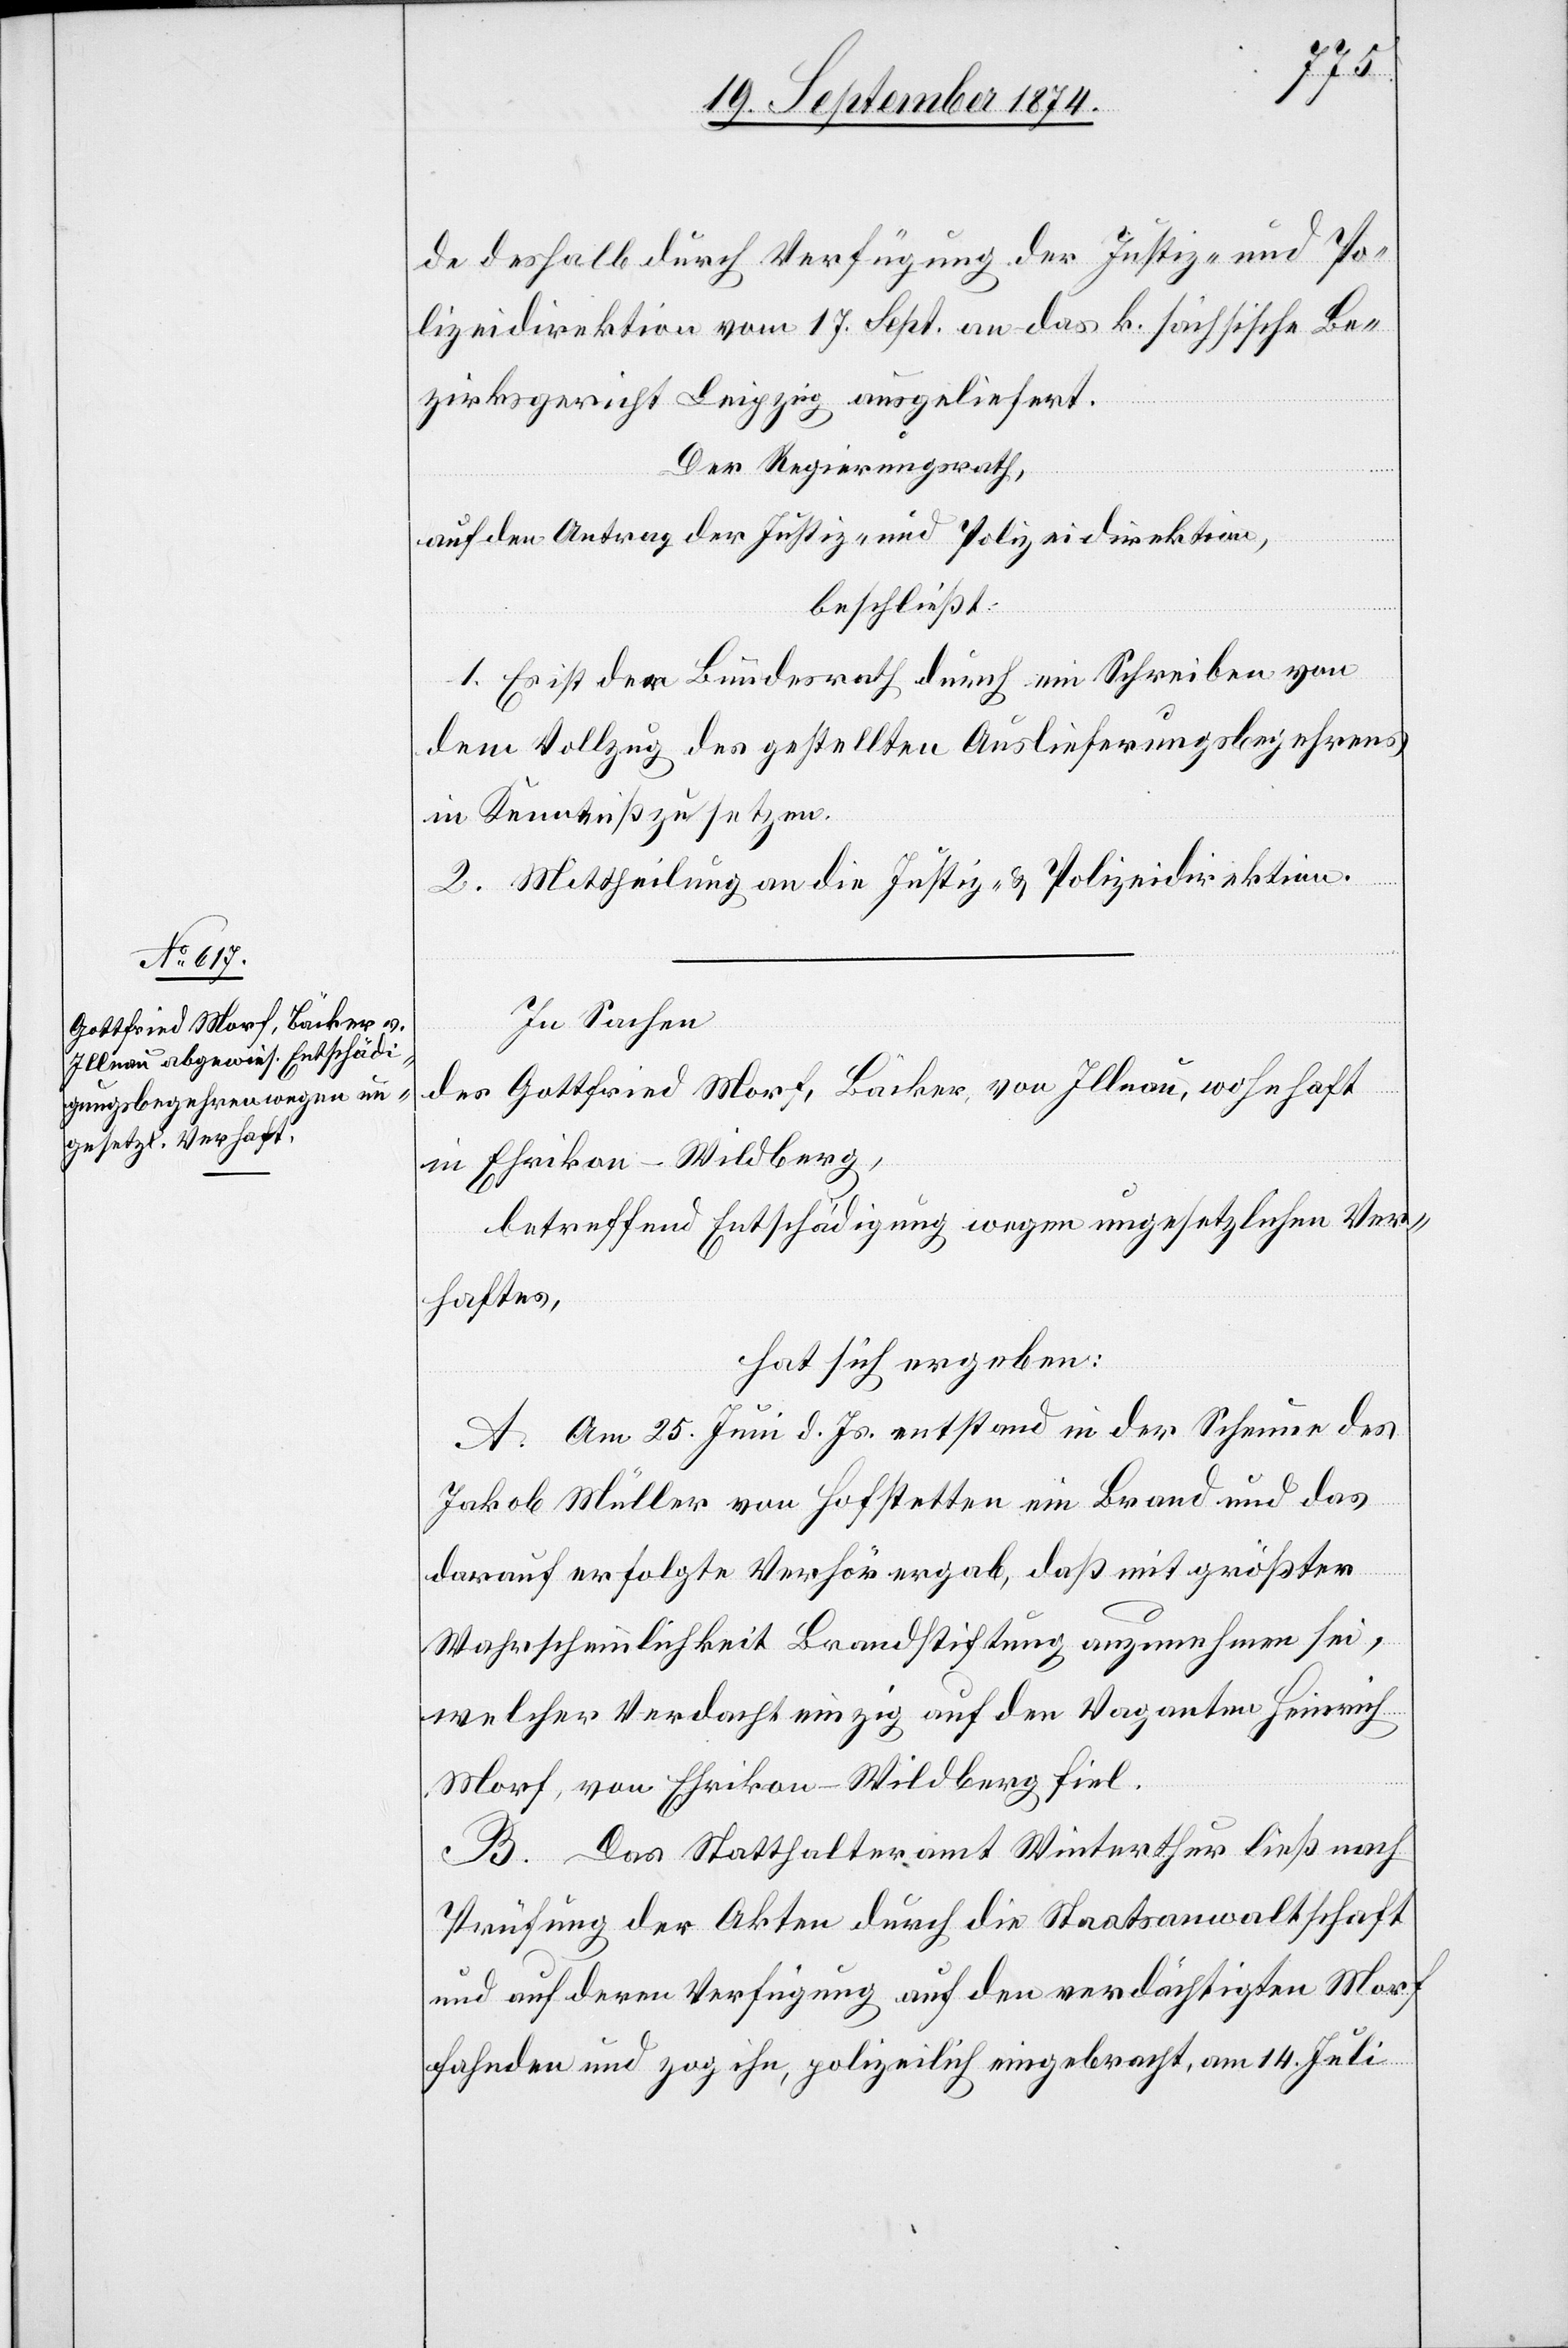
de deshalb durch Verfügung der Justiz- und Po¬
lizeidirektion vom 17. Sept. an das k. sächsische Be¬
zirksgericht Leipzig ausgeliefert.
Der Regierungsrath,
auf den Antrag der Justiz- und Polizeidirektion,
beschließt:
1. Es ist der Bundesrath durch ein Schreiben von
dem Vollzug des gestellten Auslieferungsbegehrens
in Kenntniß zu setzen.
2. Mittheilung an die Justiz- & Polizeidirektion.
In Sachen
des Gottfried Morf, Bäcker von Illnau, wohnhaft
in Ehrikon-Wildberg,
betreffend Entschädigung wegen ungesetzlichen Ver¬
haftes,
hat sich ergeben:
A. Am 25. Juni d. Js. entstand in der Scheune des
Jakob Müller von Hofstetten ein Brand und das
darauf erfolgte Verhör ergab, daß mit größter
Wahrscheinlichkeit Brandstiftung anzunehmen sie,
welcher Verdacht einzig auf den Vaganten Heinrich
Morf, von Ehrikon-Wildberg fiel.
B. Das Statthalteramt Winterthur ließ nach
Prüfung der Akten durch die Staatsanwaltschaft
und auf deren Verfügung auf den verdächtigten Morf
fahnden und zog ihn, polizeilich eingebracht, am 14. Juli